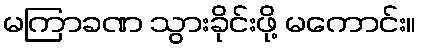
မကြာခဏ သွားခိုင်းဖို့ မကောင်း။